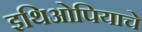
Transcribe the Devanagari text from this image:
इथिओपियाचे